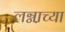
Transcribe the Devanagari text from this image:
लग्ना़च्या